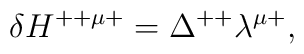
\delta H^{++\mu +}= \Delta^{++} \lambda^{\mu +},